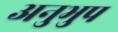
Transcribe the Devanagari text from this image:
अनुभुप